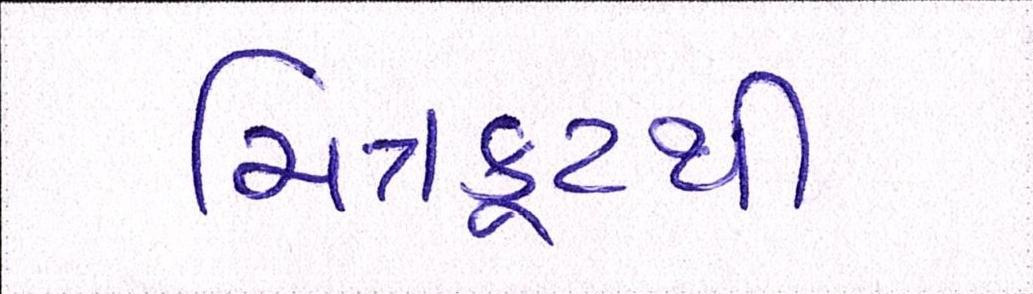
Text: ચિત્રકૂટથી